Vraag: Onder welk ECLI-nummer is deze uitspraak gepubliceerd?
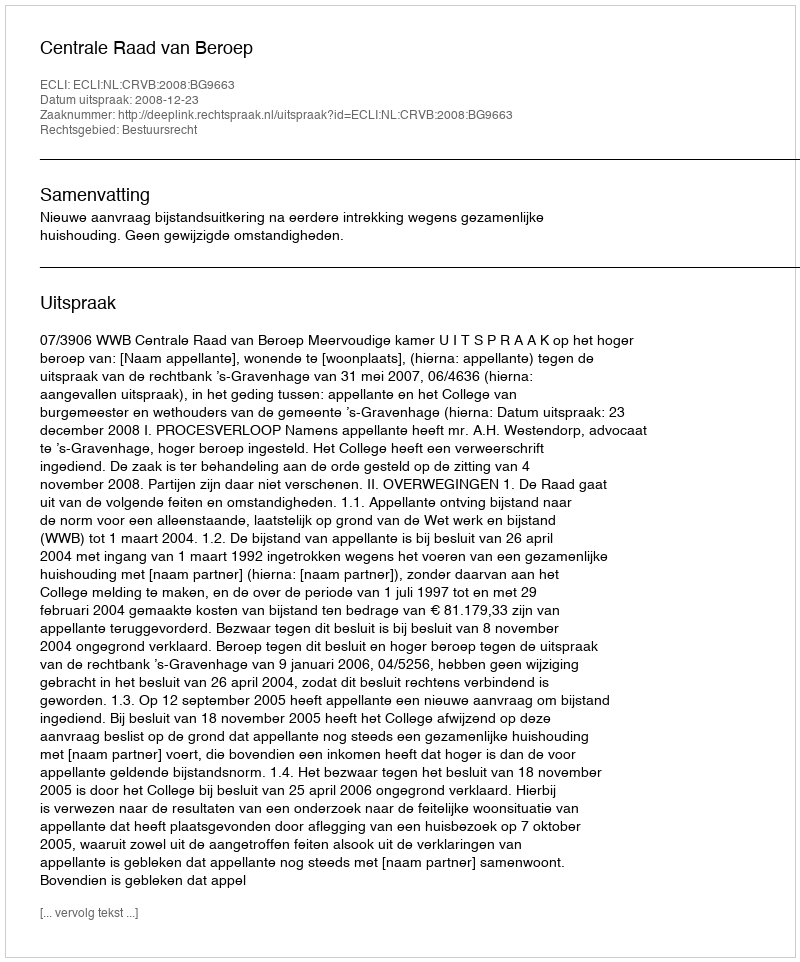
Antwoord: ECLI:NL:CRVB:2008:BG9663